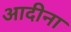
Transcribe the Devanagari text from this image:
आदीना